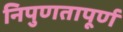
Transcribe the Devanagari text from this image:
निपुणतापूर्ण